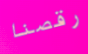
رقصنا